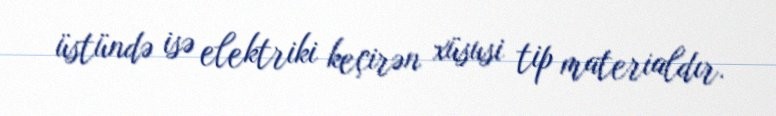
üstündə isə elektriki keçirən xüsusi tip materialdır.